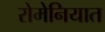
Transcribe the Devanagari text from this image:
रोमेनियात